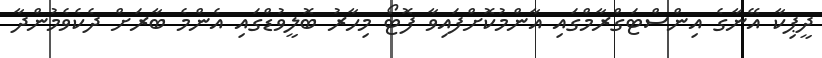
ދީޕިކާ އޭނާގެ އިންސްޓަގްރާމްގައި އާންމުކޮށްފައިވާ ފޮޓޯ މިހާރު ބޮލީވުޑްގައި އެންމެ ބާރަށް ދެކެވެމުންދާ